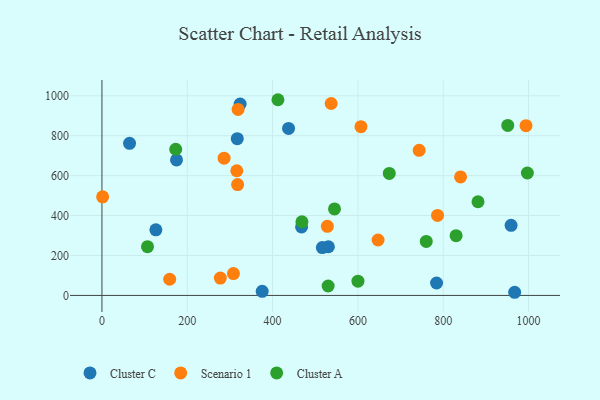
{"axis": {"x": "Experience", "y": "Fuel Efficiency"}, "legend": ["Cluster A", "Cluster C", "Scenario 1"], "data": [{"x": "530.8", "y": 243.7, "type": "Cluster C"}, {"x": "967.4", "y": 15.8, "type": "Cluster C"}, {"x": "516.6", "y": 239.6, "type": "Cluster C"}, {"x": "64.7", "y": 761.9, "type": "Cluster C"}, {"x": "959.0", "y": 351.3, "type": "Cluster C"}, {"x": "375.6", "y": 20.4, "type": "Cluster C"}, {"x": "323.9", "y": 958.3, "type": "Cluster C"}, {"x": "174.8", "y": 678.4, "type": "Cluster C"}, {"x": "784.3", "y": 62.2, "type": "Cluster C"}, {"x": "467.9", "y": 342.9, "type": "Cluster C"}, {"x": "317.2", "y": 785.1, "type": "Cluster C"}, {"x": "126.4", "y": 328.7, "type": "Cluster C"}, {"x": "437.4", "y": 836.6, "type": "Cluster C"}, {"x": "158.7", "y": 81.0, "type": "Scenario 1"}, {"x": "319.1", "y": 931.7, "type": "Scenario 1"}, {"x": "994.0", "y": 850.1, "type": "Scenario 1"}, {"x": "840.6", "y": 593.7, "type": "Scenario 1"}, {"x": "286.3", "y": 687.3, "type": "Scenario 1"}, {"x": "1.6", "y": 493.9, "type": "Scenario 1"}, {"x": "607.1", "y": 845.1, "type": "Scenario 1"}, {"x": "316.1", "y": 624.4, "type": "Scenario 1"}, {"x": "318.0", "y": 555.3, "type": "Scenario 1"}, {"x": "647.2", "y": 277.5, "type": "Scenario 1"}, {"x": "537.3", "y": 961.1, "type": "Scenario 1"}, {"x": "786.6", "y": 400.8, "type": "Scenario 1"}, {"x": "743.6", "y": 726.9, "type": "Scenario 1"}, {"x": "308.2", "y": 109.4, "type": "Scenario 1"}, {"x": "277.5", "y": 87.1, "type": "Scenario 1"}, {"x": "528.3", "y": 345.9, "type": "Scenario 1"}, {"x": "951.2", "y": 851.5, "type": "Cluster A"}, {"x": "412.5", "y": 980.1, "type": "Cluster A"}, {"x": "172.9", "y": 732.0, "type": "Cluster A"}, {"x": "997.2", "y": 613.2, "type": "Cluster A"}, {"x": "545.1", "y": 433.1, "type": "Cluster A"}, {"x": "468.8", "y": 368.7, "type": "Cluster A"}, {"x": "530.2", "y": 47.2, "type": "Cluster A"}, {"x": "830.1", "y": 299.5, "type": "Cluster A"}, {"x": "106.8", "y": 244.3, "type": "Cluster A"}, {"x": "673.5", "y": 610.9, "type": "Cluster A"}, {"x": "881.5", "y": 469.2, "type": "Cluster A"}, {"x": "600.1", "y": 71.6, "type": "Cluster A"}, {"x": "760.2", "y": 270.3, "type": "Cluster A"}]}